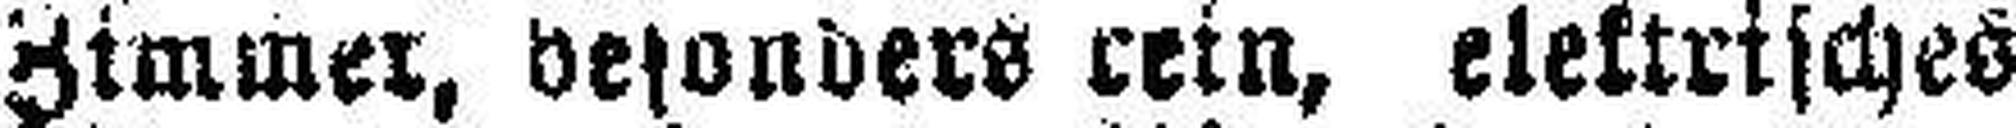
Zimmer, besonders rein, elektrisches